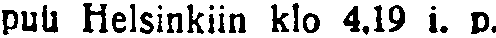
puu Helsinkiin klo 4.19 i. p.